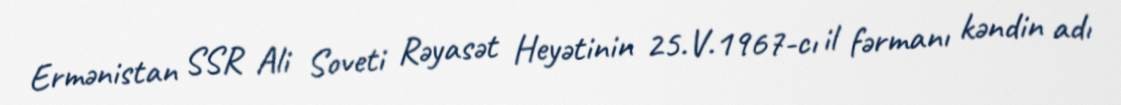
Ermənistan SSR Ali Soveti Rəyasət Heyətinin 25.V.1967-cı il fərmanı kəndin adı